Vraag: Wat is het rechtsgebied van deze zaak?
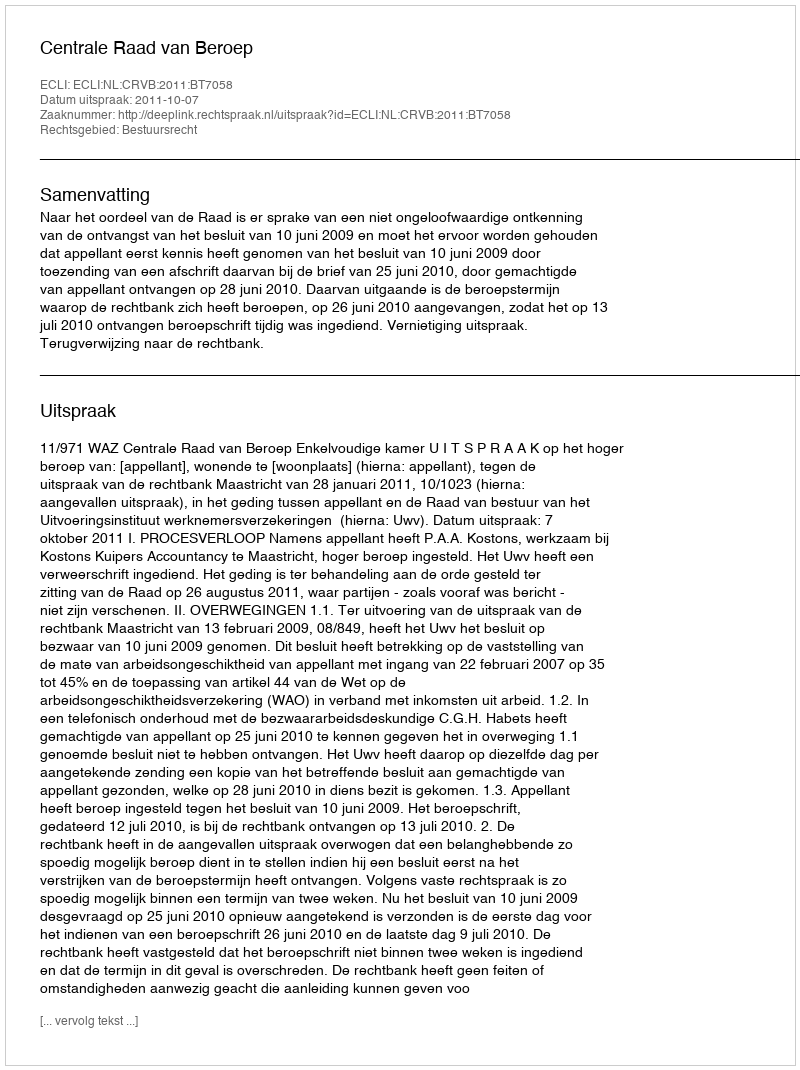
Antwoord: Bestuursrecht